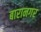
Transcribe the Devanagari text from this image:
बारानगर